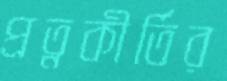
প্রত্নকীর্তির